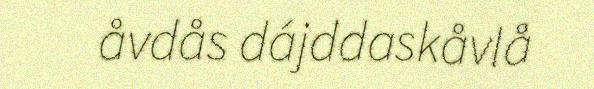
åvdås dájddaskåvlå